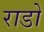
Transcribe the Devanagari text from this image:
राडो